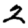
Digit: 2